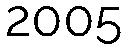
2005